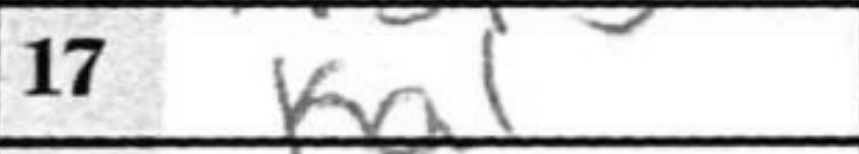
Transcription: Ka1